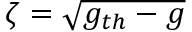
\zeta = \sqrt { g _ { t h } - g }